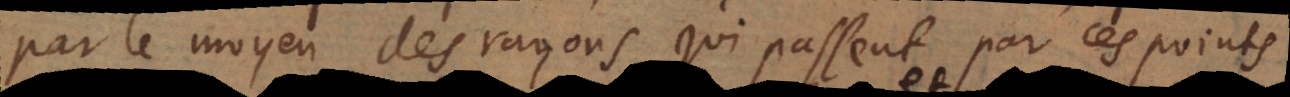
par le moyen des rayons qui passent par ces points